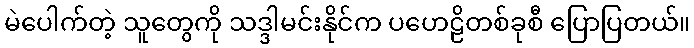
မဲပေါက်တဲ့ သူတွေကို သဒ္ဒါမင်းနိုင်က ပဟေဠိတစ်ခုစီ ပြောပြတယ်။